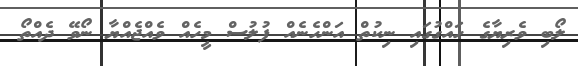
ލޯބި ވެރިޔާގެ ހައްގުގައި ނިކުތް އަންހެނެއް ފުލުސް މީހެއް ވެއްޖެއްޔާ ނޯވޭ ދެއްތޯ